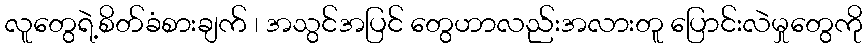
လူတွေရဲ့စိတ်ခံစားချက် ၊ အသွင်အပြင် တွေဟာလည်းအလားတူ ပြောင်းလဲမှုတွေကို